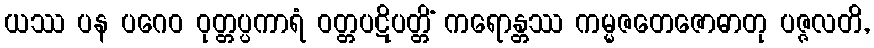
ယဿ ပန ပဂေဝ ဝုတ္တပ္ပကာရံ ဝတ္တပဋိပတ္တိံ ကရောန္တဿ ကမ္မဇတေဇောဓာတု ပဇ္ဇလတိ,